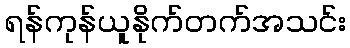
ရန်ကုန်ယူနိုက်တက်အသင်း